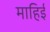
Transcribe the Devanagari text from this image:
माहिई